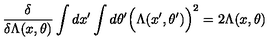
{ \frac { \delta } { \delta \Lambda ( x , \theta ) } } \int d x ^ { \prime } \int d \theta ^ { \prime } \Big ( \Lambda ( x ^ { \prime } , \theta ^ { \prime } ) \Big ) ^ { 2 } = 2 \Lambda ( x , \theta )